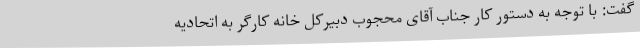
گفت: با توجه به دستور کار جناب آقای محجوب دبیرکل خانه کارگر به اتحادیه